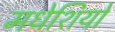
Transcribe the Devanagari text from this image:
मधेशियो